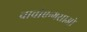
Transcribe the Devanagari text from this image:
चाचोएन्गसाओ